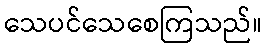
သေပင်သေစေကြသည်။